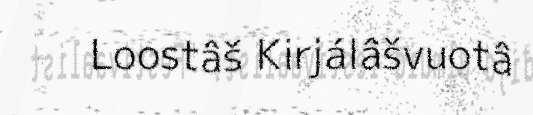
Loostâš Kirjálâšvuotâ